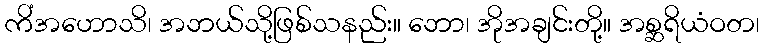
ကိံအဟောသိ၊ အဘယ်သို့ဖြစ်သနည်း။ ဘော၊ အိုအချင်းတို့။ အစ္ဆရိယံဝတ၊